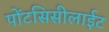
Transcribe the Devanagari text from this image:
पोंटसिसीलाईट